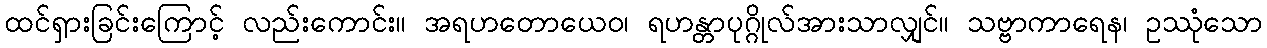
ထင်ရှားခြင်းကြောင့် လည်းကောင်း။ အရဟတောယေဝ၊ ရဟန္တာပုဂ္ဂိုလ်အားသာလျှင်။ သဗ္ဗာကာရေန၊ ဥဿုံသော